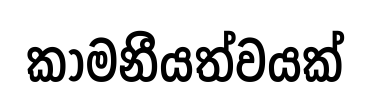
කාමනීයත්වයක්